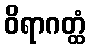
ဝိရာဂတ္ထံ